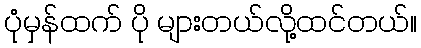
ပုံမှန်ထက် ပို များတယ်လို့ထင်တယ်။